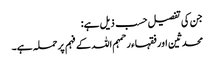
جن کی تفصیل حسب ذیل ہے:
محدثین اور فقہاء رحمہم اللہ کے فہم پر حملہ ہے۔